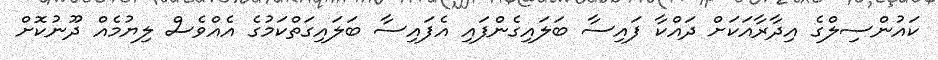
ކައުންސިލްގެ އިދާރާއަކަށް ދައްކާ ފައިސާ ބަލައިގެންފައި އެފައިސާ ބަލައިގަތްކަމުގެ އެއްވެސް ލިޔުމެއް ދޫނުކޮށް